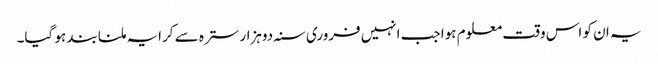
یہ ان کو اس وقت معلوم ہوا جب انہیں فروری سنہ دوہزار سترہ سے کرایہ ملنا بند ہو گیا۔